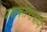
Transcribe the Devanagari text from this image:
यशवंतरावाने